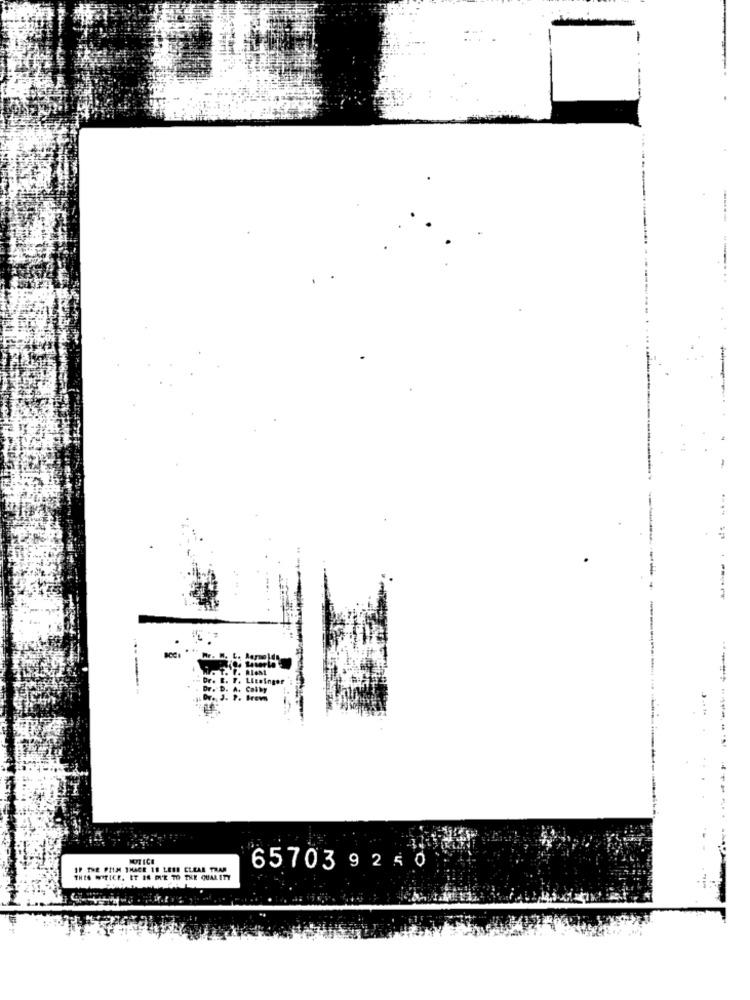
--
IF THE PIM THACE 10 LESE CLEAR THAN
65703 9250
THIS TICE. IT IN D'E TO THE QUALITY